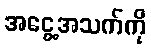
အငွေ့အသက်ကို